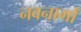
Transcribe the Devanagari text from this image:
नवनागों